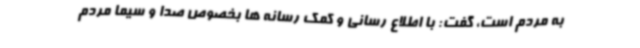
به مردم است، گفت: با اطلاع رسانی و کمک رسانه ها بخصوص صدا و سیما مردم